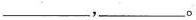
___,___。